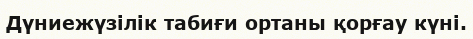
Дүниежүзілік табиғи ортаны қорғау күні.